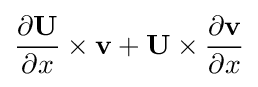
{\frac {\partial \mathbf {U} }{\partial x}}\times \mathbf {v} +\mathbf {U} \times {\frac {\partial \mathbf {v} }{\partial x}}